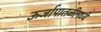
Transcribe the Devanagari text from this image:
ऊर्जापातळीमध्ये